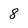
Character: 8